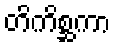
တိကိစ္ဆကာ